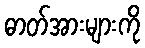
ဓာတ်အားများကို